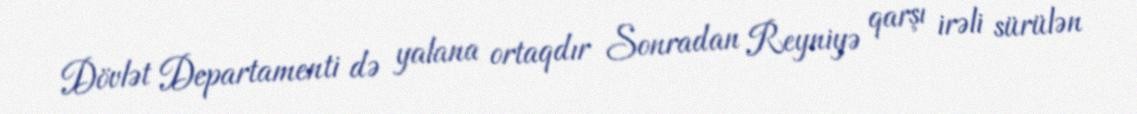
Dövlət Departamenti də yalana ortaqdır Sonradan Reyniyə qarşı irəli sürülən